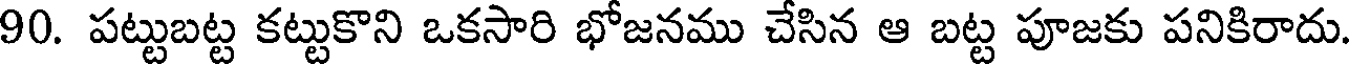
90. పట్టుబట్ట కట్టుకొని ఒకసారి భోజనము చేసిన ఆ బట్ట పూజకు పనికిరాదు.